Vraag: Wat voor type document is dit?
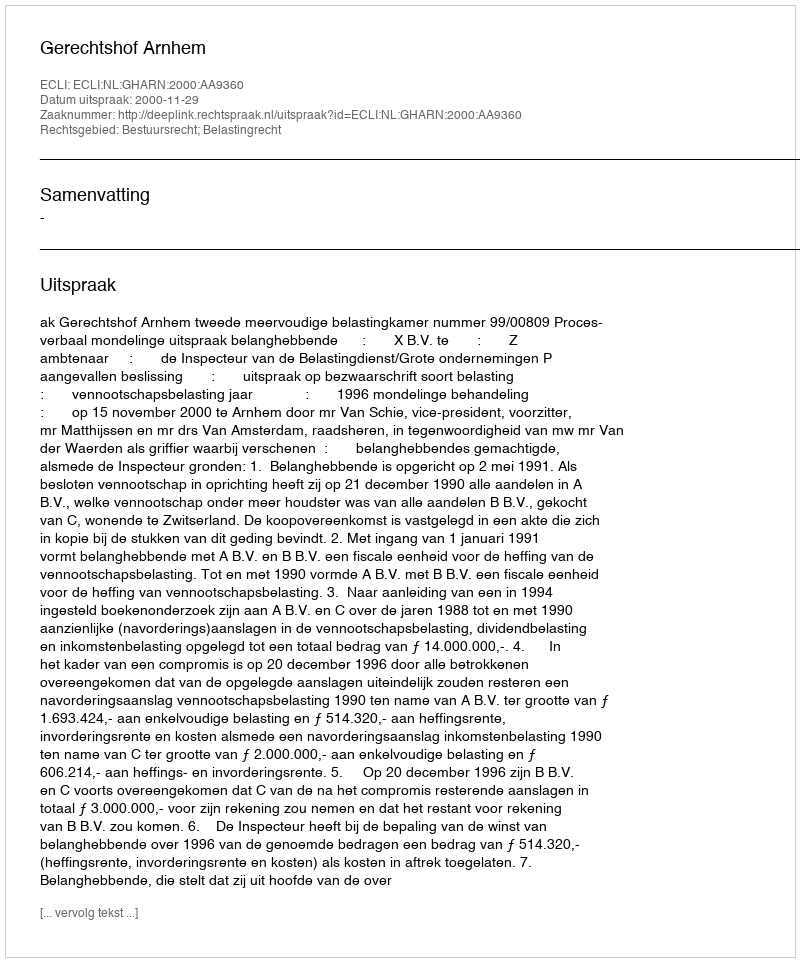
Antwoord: Uitspraak